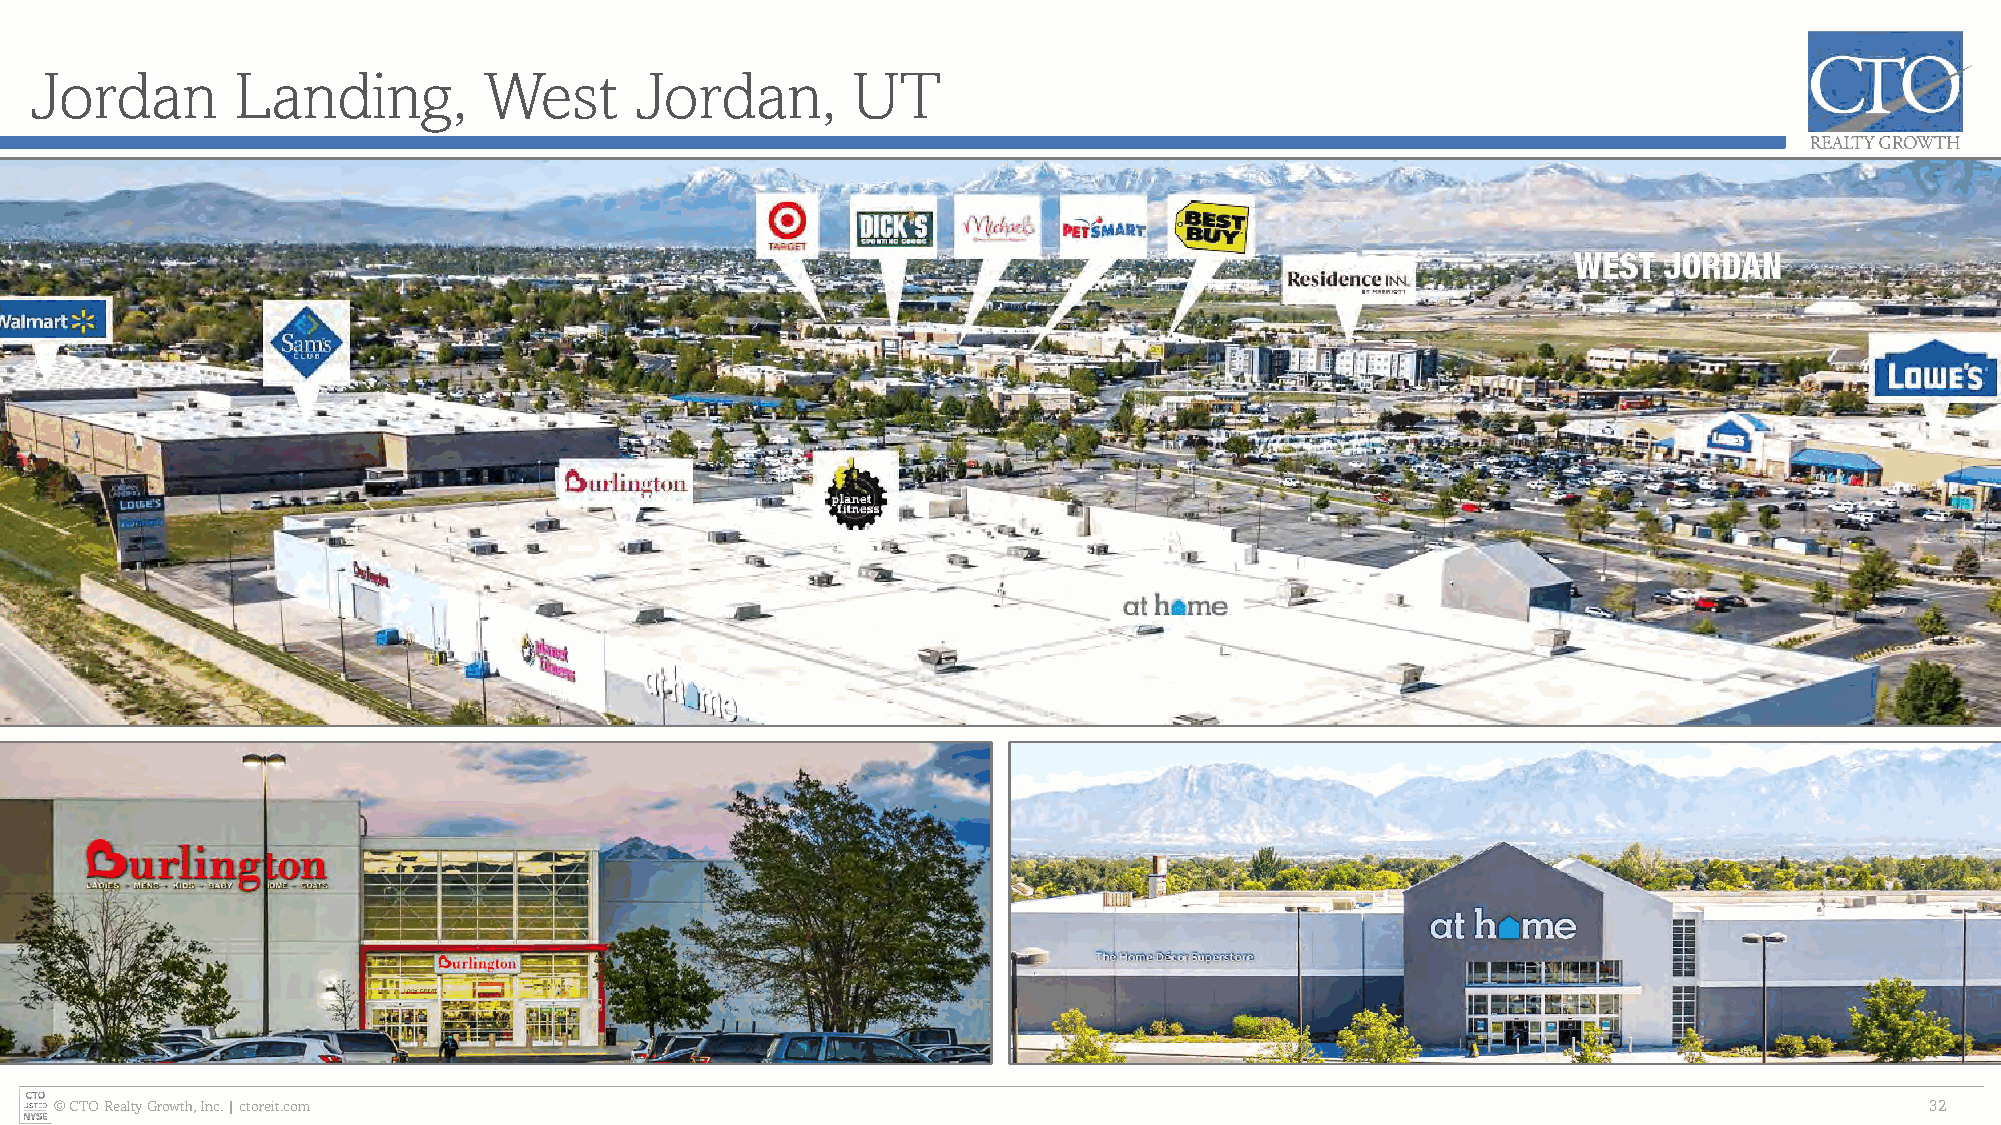
Jordan       Landing,         West      Jordan,       UT
 © CTO Realty Growth, Inc. | ctoreit.com                                                                                     32